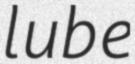
lube